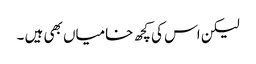
لیکن اس کی کچھ خامیاں بھی ہیں ۔